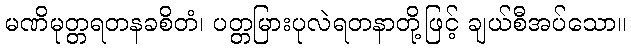
မဏိမုတ္တရတနခစိတံ၊ ပတ္တမြားပုလဲရတနာတို့ဖြင့် ချယ်စီအပ်သော။